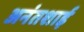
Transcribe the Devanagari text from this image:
अनंतशाई